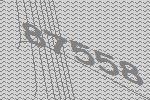
87558